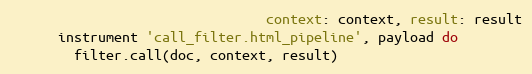
Language: Ruby
                                context: context, result: result
      instrument 'call_filter.html_pipeline', payload do
        filter.call(doc, context, result)